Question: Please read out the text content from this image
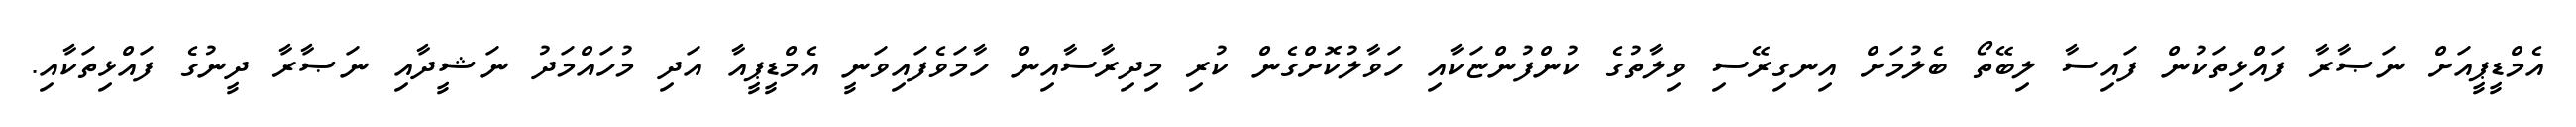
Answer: އެމްޑީޕީއަށް ނަޞާރާ ފައްޅިތަކުން ފައިސާ ލިބޭތޯ ބެލުމަށް އިނގިރޭސި ވިލާތުގެ ކުންފުންޏަކާއި ހަވާލުކޮށްގެން ކުރި މިދިރާސާއިން ހާމަވެފައިވަނީ އެމްޑީޕީއާ އަދި މުހައްމަދު ނަޝީދާއި ނަޞާރާ ދީނުގެ ފައްޅިތަކާއި.